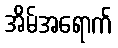
အိမ်အရောက်